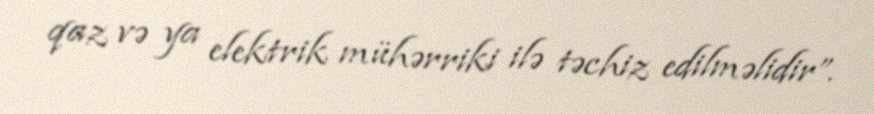
qaz və ya elektrik mühərriki ilə təchiz edilməlidir”.